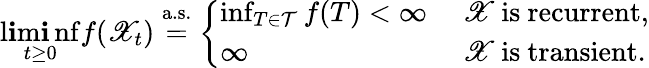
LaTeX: \operatorname*{l\mathbf{i}m\mathbf{i}nf}_{t\geq0}f(\mathscr{{X}}_{t})\stackrel{\mathrm{{a.s.}}}{=}\left\{ \begin{array}{ll}{\operatorname*{inf}_{T\in\mathcal T}f(T)<\infty}&{\mathrm{~\mathscr{X}~is~recurrent},}\\ {\infty}&{\mathrm{~\mathscr{X}~is~transient.}}\end{array}\right.